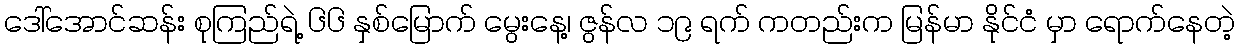
ဒေါ်အောင်ဆန်း စုကြည်ရဲ့ ၆၆ နှစ်မြောက် မွေးနေ့၊ ဇွန်လ ၁၉ ရက် ကတည်းက မြန်မာ နိုင်ငံ မှာ ရောက်နေတဲ့